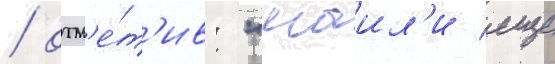
/ отм'е́т'ив: "маил'и еще